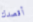
أقصدك